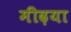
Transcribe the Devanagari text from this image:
मीढ़या